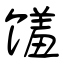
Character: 馐